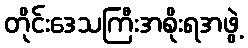
တိုင်းဒေသကြီးအစိုးရအဖွဲ့